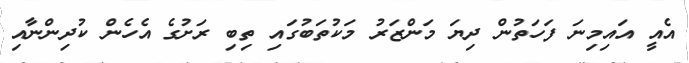
އެއީ އައިމިނަ ފަހަތުން ދިޔަ މަންޒަރު މަކުތަބުގައި ތިބި ރަށުގެ އެހެން ކުދިންނާއި